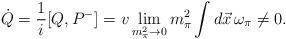
LaTeX: \begin{align*}\dot{Q}=\frac{1}{i}[Q, P^-]= v \lim_{m_{\pi}^2\rightarrow 0} m_{\pi}^2\int d \vec{x}\, \omega_{\pi}\neq 0.\end{align*}